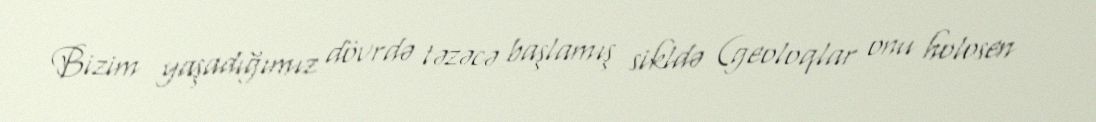
Bizim yaşadığımız dövrdə təzəcə başlamış sikldə (geoloqlar onu holosen